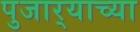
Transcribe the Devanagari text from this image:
पुजार्‍याच्या